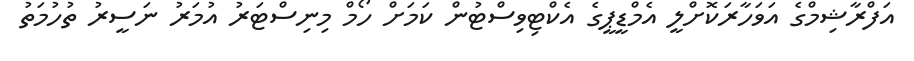
އަފްރާޝިމްގެ އަވަހާރަކޮށްލީ އެމްޑީޕީގެ އެކްޓިވިސްޓުން ކަމަށް ހޯމް މިނިސްޓަރު އުމަރު ނަސީރު ތުހުމަތު